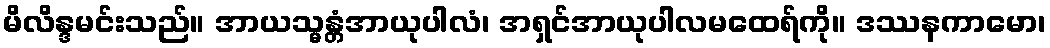
မိလိန္ဒမင်းသည်။ အာယသ္မန္တံအာယုပါလံ၊ အရှင်အာယုပါလမထေရ်ကို။ ဒဿနကာမော၊